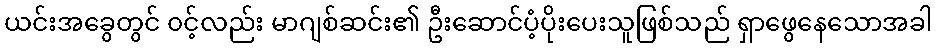
ယင်းအခွေတွင် ၀င့်လည်း မာဂျစ်ဆင်း၏ ဦးဆောင်ပံ့ပိုးပေးသူဖြစ်သည် ရှာဖွေနေသောအခါ